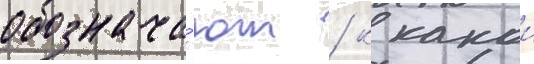
обознача́ют / к какои